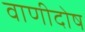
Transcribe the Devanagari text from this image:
वाणीदोष